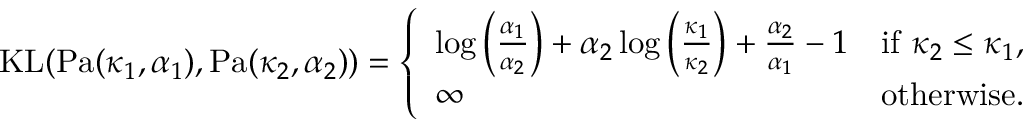
\begin{array} { r } { \mathrm { K L } ( \mathrm { P a } ( \kappa _ { 1 } , \alpha _ { 1 } ) , \mathrm { P a } ( \kappa _ { 2 } , \alpha _ { 2 } ) ) = \left\{ \begin{array} { l l } { \log \left( \frac { \alpha _ { 1 } } { \alpha _ { 2 } } \right) + \alpha _ { 2 } \log \left( \frac { \kappa _ { 1 } } { \kappa _ { 2 } } \right) + \frac { \alpha _ { 2 } } { \alpha _ { 1 } } - 1 } & { \mathrm { i f ~ } \kappa _ { 2 } \leq \kappa _ { 1 } , } \\ { \infty } & { \mathrm { o t h e r w i s e } . } \end{array} \right. } \end{array}